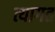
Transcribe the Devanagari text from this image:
त्यागत